Indian journal of veterinary science and animal husbandry - Volume 11,
Year: 1941
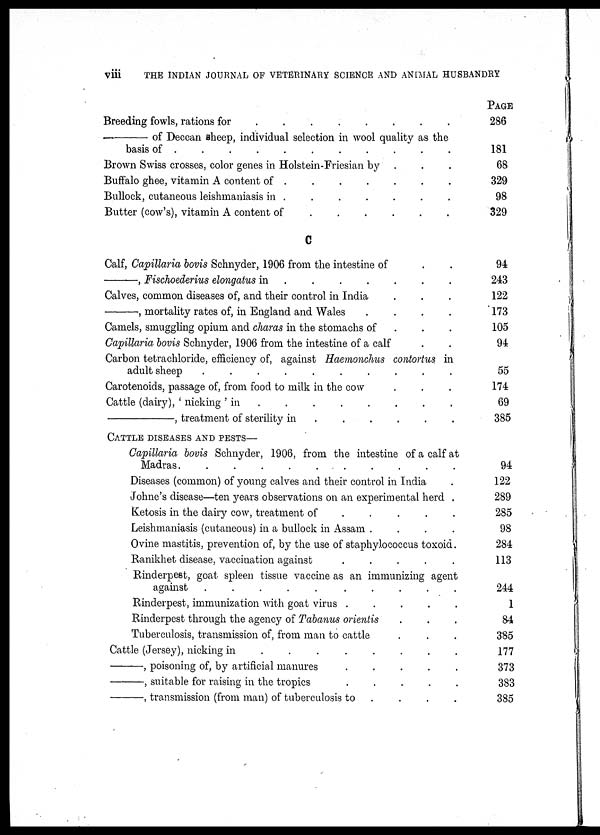
viii
THE INDIAN JOURNAL OF VETERINARY SCIENCE AND ANIMAL HUSBANDRY
Breeding fowls, rations f
o
r
. . . . . . . . . . .
—of
Deccan sheep, individual selection in wool quality as the
basis of .
.
.
.
.
.
.
.
.
Brown Swiss crosses, color genes in Holstein-Friesian by. . .
Buffalo ghee, vitamin A content of . . . . . . . . . .
Bullock, cutaneous leishmaniasis in . . . . . . . . . .
Butter (cow's), vitamin A content of . . . . . . . . . .
C
Calf, Capillaria bovis Schnyder, 1906 from the intestine of . .
—,
Fischoederius elongatus in .
.
.
.
.
Calves, common diseases of, and their control in India. . . .
—,
mortality rates of, in England and Wales. . . .
Camels, smuggling opium and charas in the stomachs of. . . .
Capillaria bovis Schnyder, 1906 from the intestine of a calf. . .
Carbon tetrachloride, efficiency of, against Haemonchus contortus in
adult sheep
.
.
.
.
.
.
.
.
.
Carotenoids, passage of, from food to milk in the cow . . .
Cattle (dairy), ' nicking ' in . . . . . . . . . .
—,
treatment of sterility in . . . . . . . . . .
CATTLE DISEASES AND PESTS—
Capillaria bovis Schnyder, 1906, from the intestine of a calf at
Madras . . . . . . . . . .
Diseases (common) of young calves and their control in India .
Johne's disease—ten years observations on an experimental herd .
Ketosis in the dairy cow, treatment of . . . . . . . . . .
Leishmaniasis (cutaneous) in a bullock in Assam .
. .
Ovine mastitis, prevention of, by the use of staphylococcus toxoid.
Ranikhet disease, vaccination against . . . . .
Rinderpest, goat spleen tissue vaccine as an immunizing agent
against . . . . . . . . . .
Rinderpest, immunization with goat virus . . . . . . . . . .
Rinderpest through the agency of Tabanus orientis . . .
Tuberculosis, transmission of, from man to cattle. . . .
Cattle (Jersey), nicking in . . . . . . . . . .
—,
poisoning of, by artificial manures. . . . . . . . . . .
—, suitable for raising in the tropics . . . . . . . . . .
—,
transmission (from man) of tuberculosis to. . . . .
PAGE
286
181
68
329
98
329
94
243
122
173
105
94
55
174
69
385
94
122
289
285
98
284
113
244
1
84
385
177
373
383
385